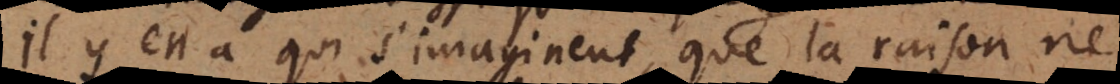
Il y en a qui s’imaginent, que la raison ne